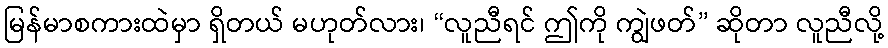
မြန်မာစကားထဲမှာ ရှိတယ် မဟုတ်လား၊ “လူညီရင် ဤကို ကျွဲဖတ်” ဆိုတာ လူညီလို့